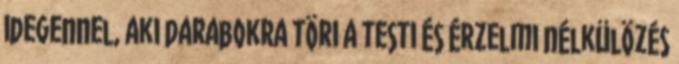
idegennel, aki darabokra töri a testi és érzelmi nélkülözés